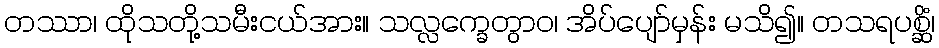
တဿာ၊ ထိုသတို့သမီးငယ်အား။ သလ္လက္ခေတွာဝ၊ အိပ်ပျော်မှန်း မသိ၍။ တသရပစ္ဆိံ၊